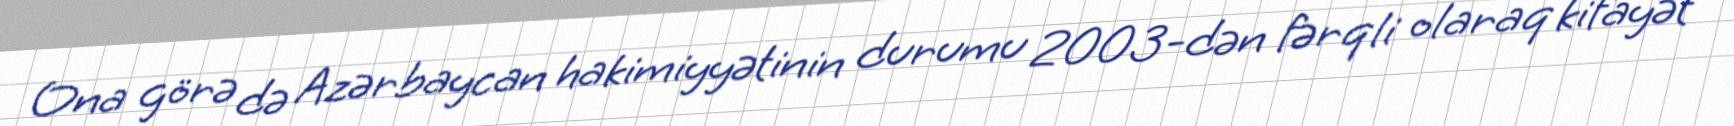
Ona görə də Azərbaycan hakimiyyətinin durumu 2003-dən fərqli olaraq kifayət